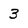
Character: 3